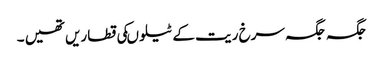
جگہ جگہ سرخ ریت کے ٹیلوںکی قطاریں تھیں ۔